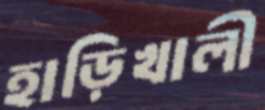
হাড়িখালী